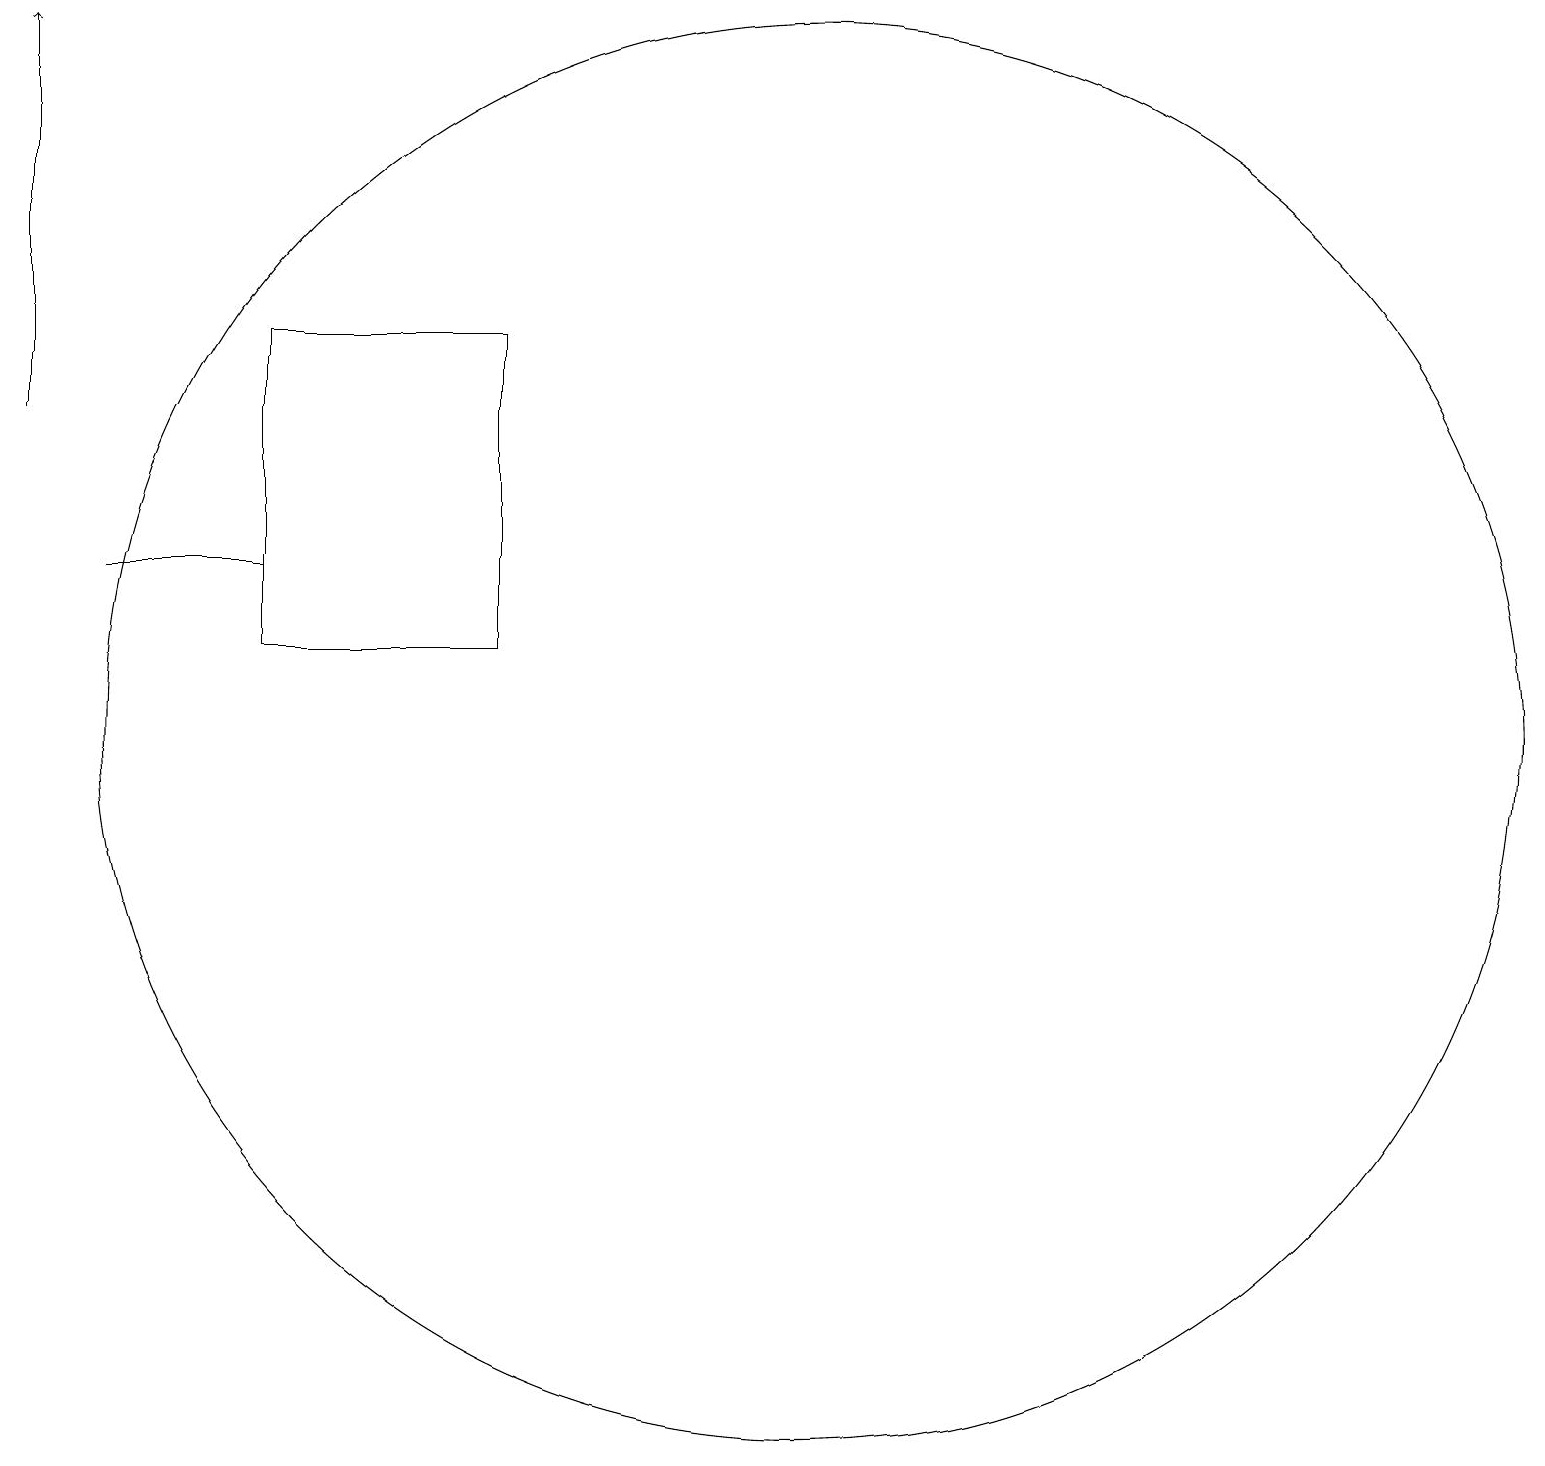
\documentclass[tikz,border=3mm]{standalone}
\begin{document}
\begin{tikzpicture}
\draw (11,10) circle (9);
\draw (4,12) rectangle (2,12);
\draw (7,15) rectangle (4,11);
\draw[->] (1,14) -- (1,19);
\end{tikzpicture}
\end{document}